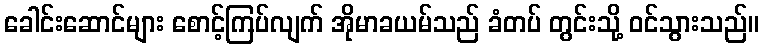
ခေါင်းဆောင်များ စောင့်ကြပ်လျက် အိုမာခယမ်သည် ခံတပ် တွင်းသို့ ဝင်သွားသည်။